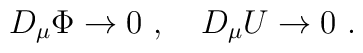
D_\mu \Phi \rightarrow 0 \ , \ \ \ D_\mu U \rightarrow 0 \ .